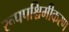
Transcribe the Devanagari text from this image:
रूपपश्चिमीकरण